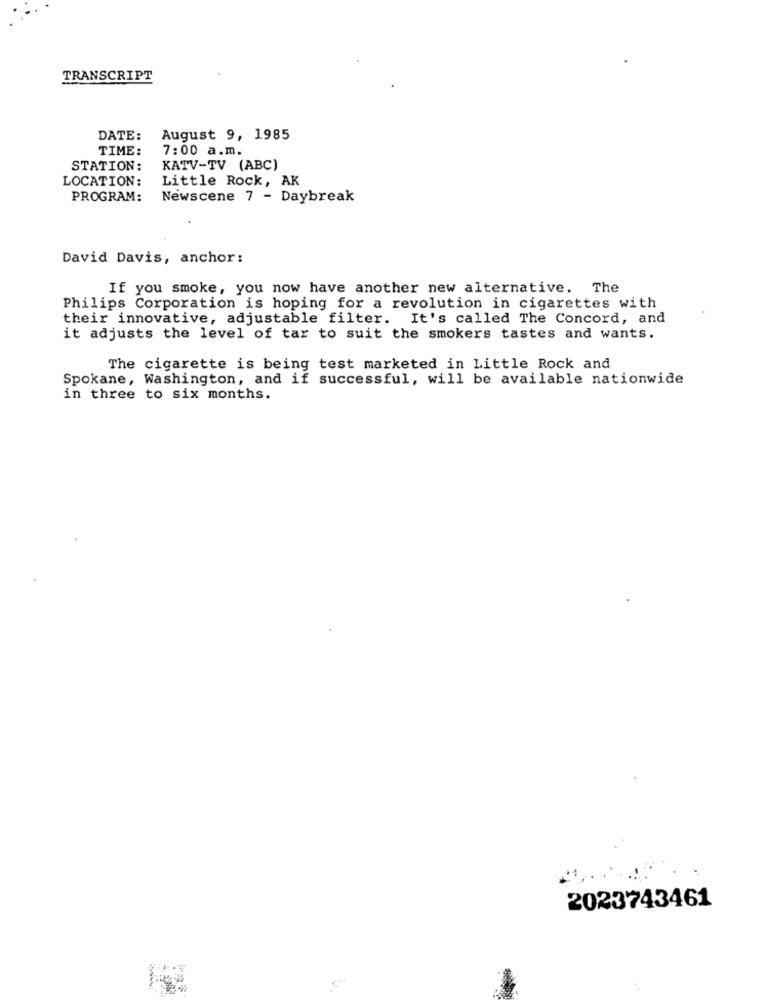
TRANSCRIPT
DATE:
August 9, 1985
TIME:
7:00 a.m.
STATION:
KATV-TV (ABC)
LOCATION:
Little Rock, AK
PROGRAM:
Newscene 7 - Daybreak
David Davis, anchor:
If you smoke, you now have another new alternative. The
Philips Corporation is hoping for a revolution in cigarettes with
their innovative, adjustable filter. It's called The Concord, and
it adjusts the level of tar to suit the smokers tastes and wants.
The cigarette is being test marketed in Little Rock and
Spokane, Washington, and if successful, will be available nationwide
in three to six months.
2023743461